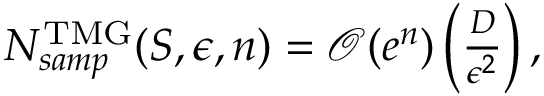
\begin{array} { r } { N _ { s a m p } ^ { \mathrm { T M G } } ( S , \epsilon , n ) = \mathcal { O } ( e ^ { n } ) \left( \frac { D } { \epsilon ^ { 2 } } \right) , } \end{array}